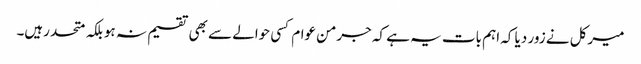
میرکل نے زور دیا کہ اہم بات یہ ہے کہ جرمن عوام کسی حوالے سے بھی تقسیم نہ ہو بلکہ متحد رہیں۔